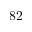
8 2